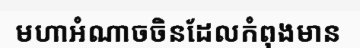
មហាអំណាចចិនដែលកំពុងមាន